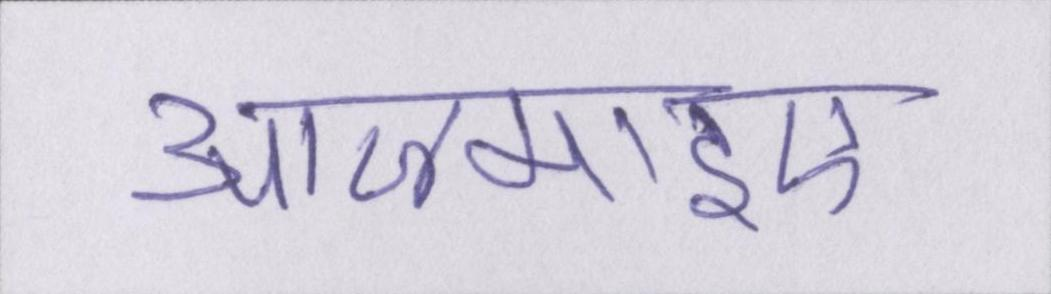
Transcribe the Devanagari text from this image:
आजमाइए